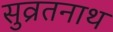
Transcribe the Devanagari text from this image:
सुव्रतनाथ